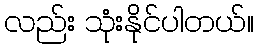
လည်း သုံးနိုင်ပါတယ်။